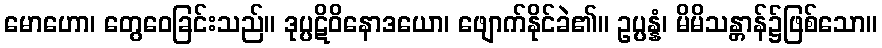
မောဟော၊ တွေဝေခြင်းသည်။ ဒုပ္ပဋိဝိနောဒယော၊ ဖျောက်နိုင်ခဲ၏။ ဥပ္ပန္နံ၊ မိမိသန္တာန်၌ဖြစ်သော။